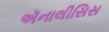
ઍનાલીસિસ